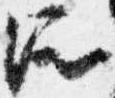
所